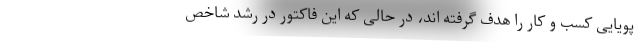
پویایی کسب و کار را هدف گرفته ­اند، در حالی که این فاکتور در رشد شاخص